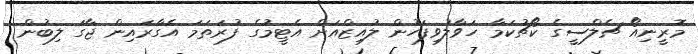
މޮރީނިއޯ ޗެލްސީގެ ކޯޗުކަމާ ހަވާލުވިފަހުން ލުއިޒްއަށް އެޓީމުގެ ފުރަތަމަ އެގާރައިން ޖާގަ ލިބުން